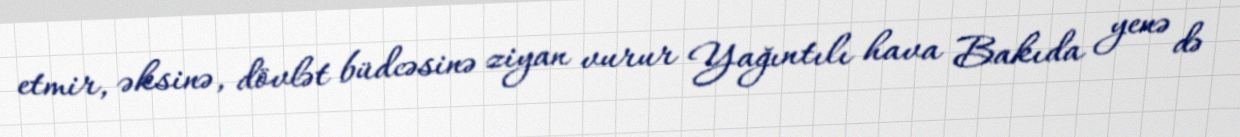
etmir, əksinə, dövlət büdcəsinə ziyan vurur Yağıntılı hava Bakıda yenə də